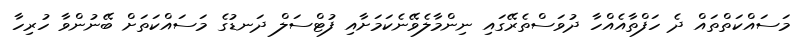
މަސައްކަތްތައް ދެ ހަފްތާއެއްހާ ދުވަސްތެރޭގައި ނިންމާލެވޭނެކަމަށާއި ފުޓްސަލް ދަނޑުގެ މަސައްކަތަށް ބޭނުންވާ ހުރިހާ